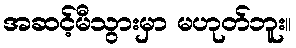
အဆင့်မီသွားမှာ မဟုတ်ဘူး။